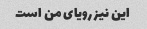
این نیز رویای من است